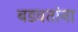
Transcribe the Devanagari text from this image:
बडवतांना